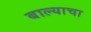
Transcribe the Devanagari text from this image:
बाल्याचा